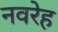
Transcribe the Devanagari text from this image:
नवरेह